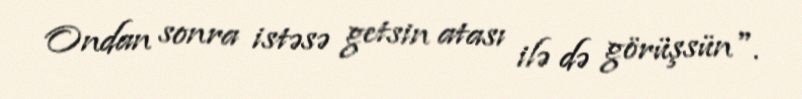
Ondan sonra istəsə getsin atası ilə də görüşsün".